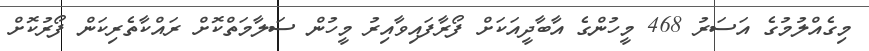
މިގެއްލުމުގެ އަސަރު 468 މީހުންގެ އާބާދީއަކަށް ފޯރާފައިވާއިރު މީހުން ސަލާމަތްކޮށް ރައްކާތެރިކަން ފޯރުކޮށް